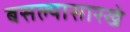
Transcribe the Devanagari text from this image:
बसल्यासारखे